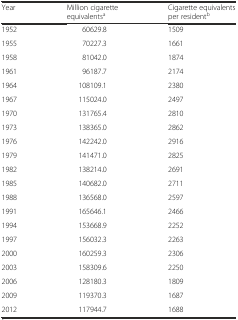
<table><thead><tr><td><b>Year</b></td><td><b>Million cigarette equivalents<sup>a</sup></b></td><td><b>Cigarette equivalents per resident<sup>b</sup></b></td></tr></thead><tbody><tr><td>1952</td><td>60629.8</td><td>1509</td></tr><tr><td>1955</td><td>70227.3</td><td>1661</td></tr><tr><td>1958</td><td>81042.0</td><td>1874</td></tr><tr><td>1961</td><td>96187.7</td><td>2174</td></tr><tr><td>1964</td><td>108109.1</td><td>2380</td></tr><tr><td>1967</td><td>115024.0</td><td>2497</td></tr><tr><td>1970</td><td>131765.4</td><td>2810</td></tr><tr><td>1973</td><td>138365.0</td><td>2862</td></tr><tr><td>1976</td><td>142242.0</td><td>2916</td></tr><tr><td>1979</td><td>141471.0</td><td>2825</td></tr><tr><td>1982</td><td>138214.0</td><td>2691</td></tr><tr><td>1985</td><td>140682.0</td><td>2711</td></tr><tr><td>1988</td><td>136568.0</td><td>2597</td></tr><tr><td>1991</td><td>165646.1</td><td>2466</td></tr><tr><td>1994</td><td>153668.9</td><td>2252</td></tr><tr><td>1997</td><td>156032.3</td><td>2263</td></tr><tr><td>2000</td><td>160259.3</td><td>2306</td></tr><tr><td>2003</td><td>158309.6</td><td>2250</td></tr><tr><td>2006</td><td>128180.3</td><td>1809</td></tr><tr><td>2009</td><td>119370.3</td><td>1687</td></tr><tr><td>2012</td><td>117944.7</td><td>1688</td></tr></tbody></table>